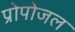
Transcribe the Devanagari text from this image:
प्रोपोजल